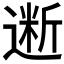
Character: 𰻋